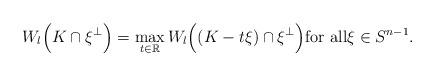
LaTeX: \begin{align*}W_l\Big( K\cap\xi^\perp \Big) = \max_{t\in\mathbb{R}} W_l\Big( (K - t\xi)\cap\xi^\perp \Big) \mbox{for all} \xi\in S^{n-1}. \end{align*}